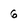
Character: 6